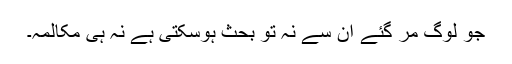
جو لوگ مر گئے ان سے نہ تو بحث ہوسکتی ہے نہ ہی مکالمہ۔